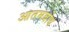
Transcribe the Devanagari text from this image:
आतमबोध